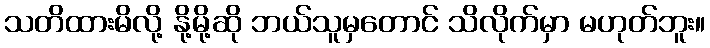
သတိထားမိလို့ နို့မို့ဆို ဘယ်သူမှတောင် သိလိုက်မှာ မဟုတ်ဘူး။